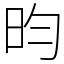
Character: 昀